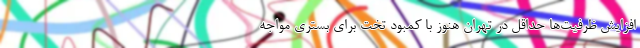
افزایش ظرفیت‌ها حداقل در تهران هنوز با کمبود تخت برای بستری مواجه